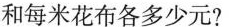
和每米花布各多少元?